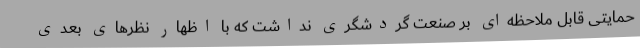
حمایتی قابل ملاحظه‌ای بر صنعت گردشگری نداشت که با اظهار نظرهای بعدی